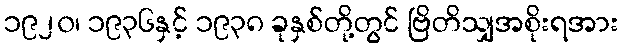
၁၉၂၀၊ ၁၉၃၆နှင့် ၁၉၃၈ ခုနှစ်တို့တွင် ဗြိတိသျှအစိုးရအား